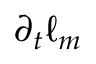
\partial _ { t } \ell _ { m }